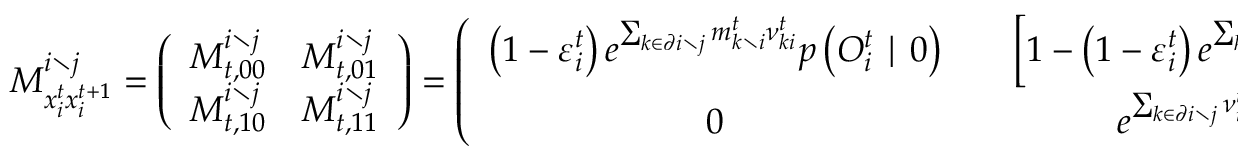
M _ { x _ { i } ^ { t } x _ { i } ^ { t + 1 } } ^ { i \setminus j } = \left( \begin{array} { c c } { M _ { t , 0 0 } ^ { i \setminus j } } & { M _ { t , 0 1 } ^ { i \setminus j } } \\ { M _ { t , 1 0 } ^ { i \setminus j } } & { M _ { t , 1 1 } ^ { i \setminus j } } \end{array} \right) = \left( \begin{array} { c c c } { \left( 1 - \varepsilon _ { i } ^ { t } \right) e ^ { \sum _ { k \in \partial i \setminus j } m _ { k \setminus i } ^ { t } { \nu } _ { k i } ^ { t } } p \left( O _ { i } ^ { t } \mid 0 \right) } & { } & { \left[ 1 - \left( 1 - \varepsilon _ { i } ^ { t } \right) e ^ { \sum _ { k \in \partial i \setminus j } m _ { k \setminus i } ^ { t } { \nu } _ { k i } ^ { t } } \right] p \left( O _ { i } ^ { t } \mid 0 \right) } \\ { 0 } & { } & { e ^ { \sum _ { k \in \partial i \setminus j } \nu _ { i k } ^ { t } \mu _ { k \setminus i } ^ { t } } p \left( O _ { i } ^ { t } \mid 1 \right) } \end{array} \right)